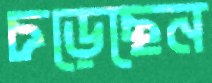
চড়েছেন